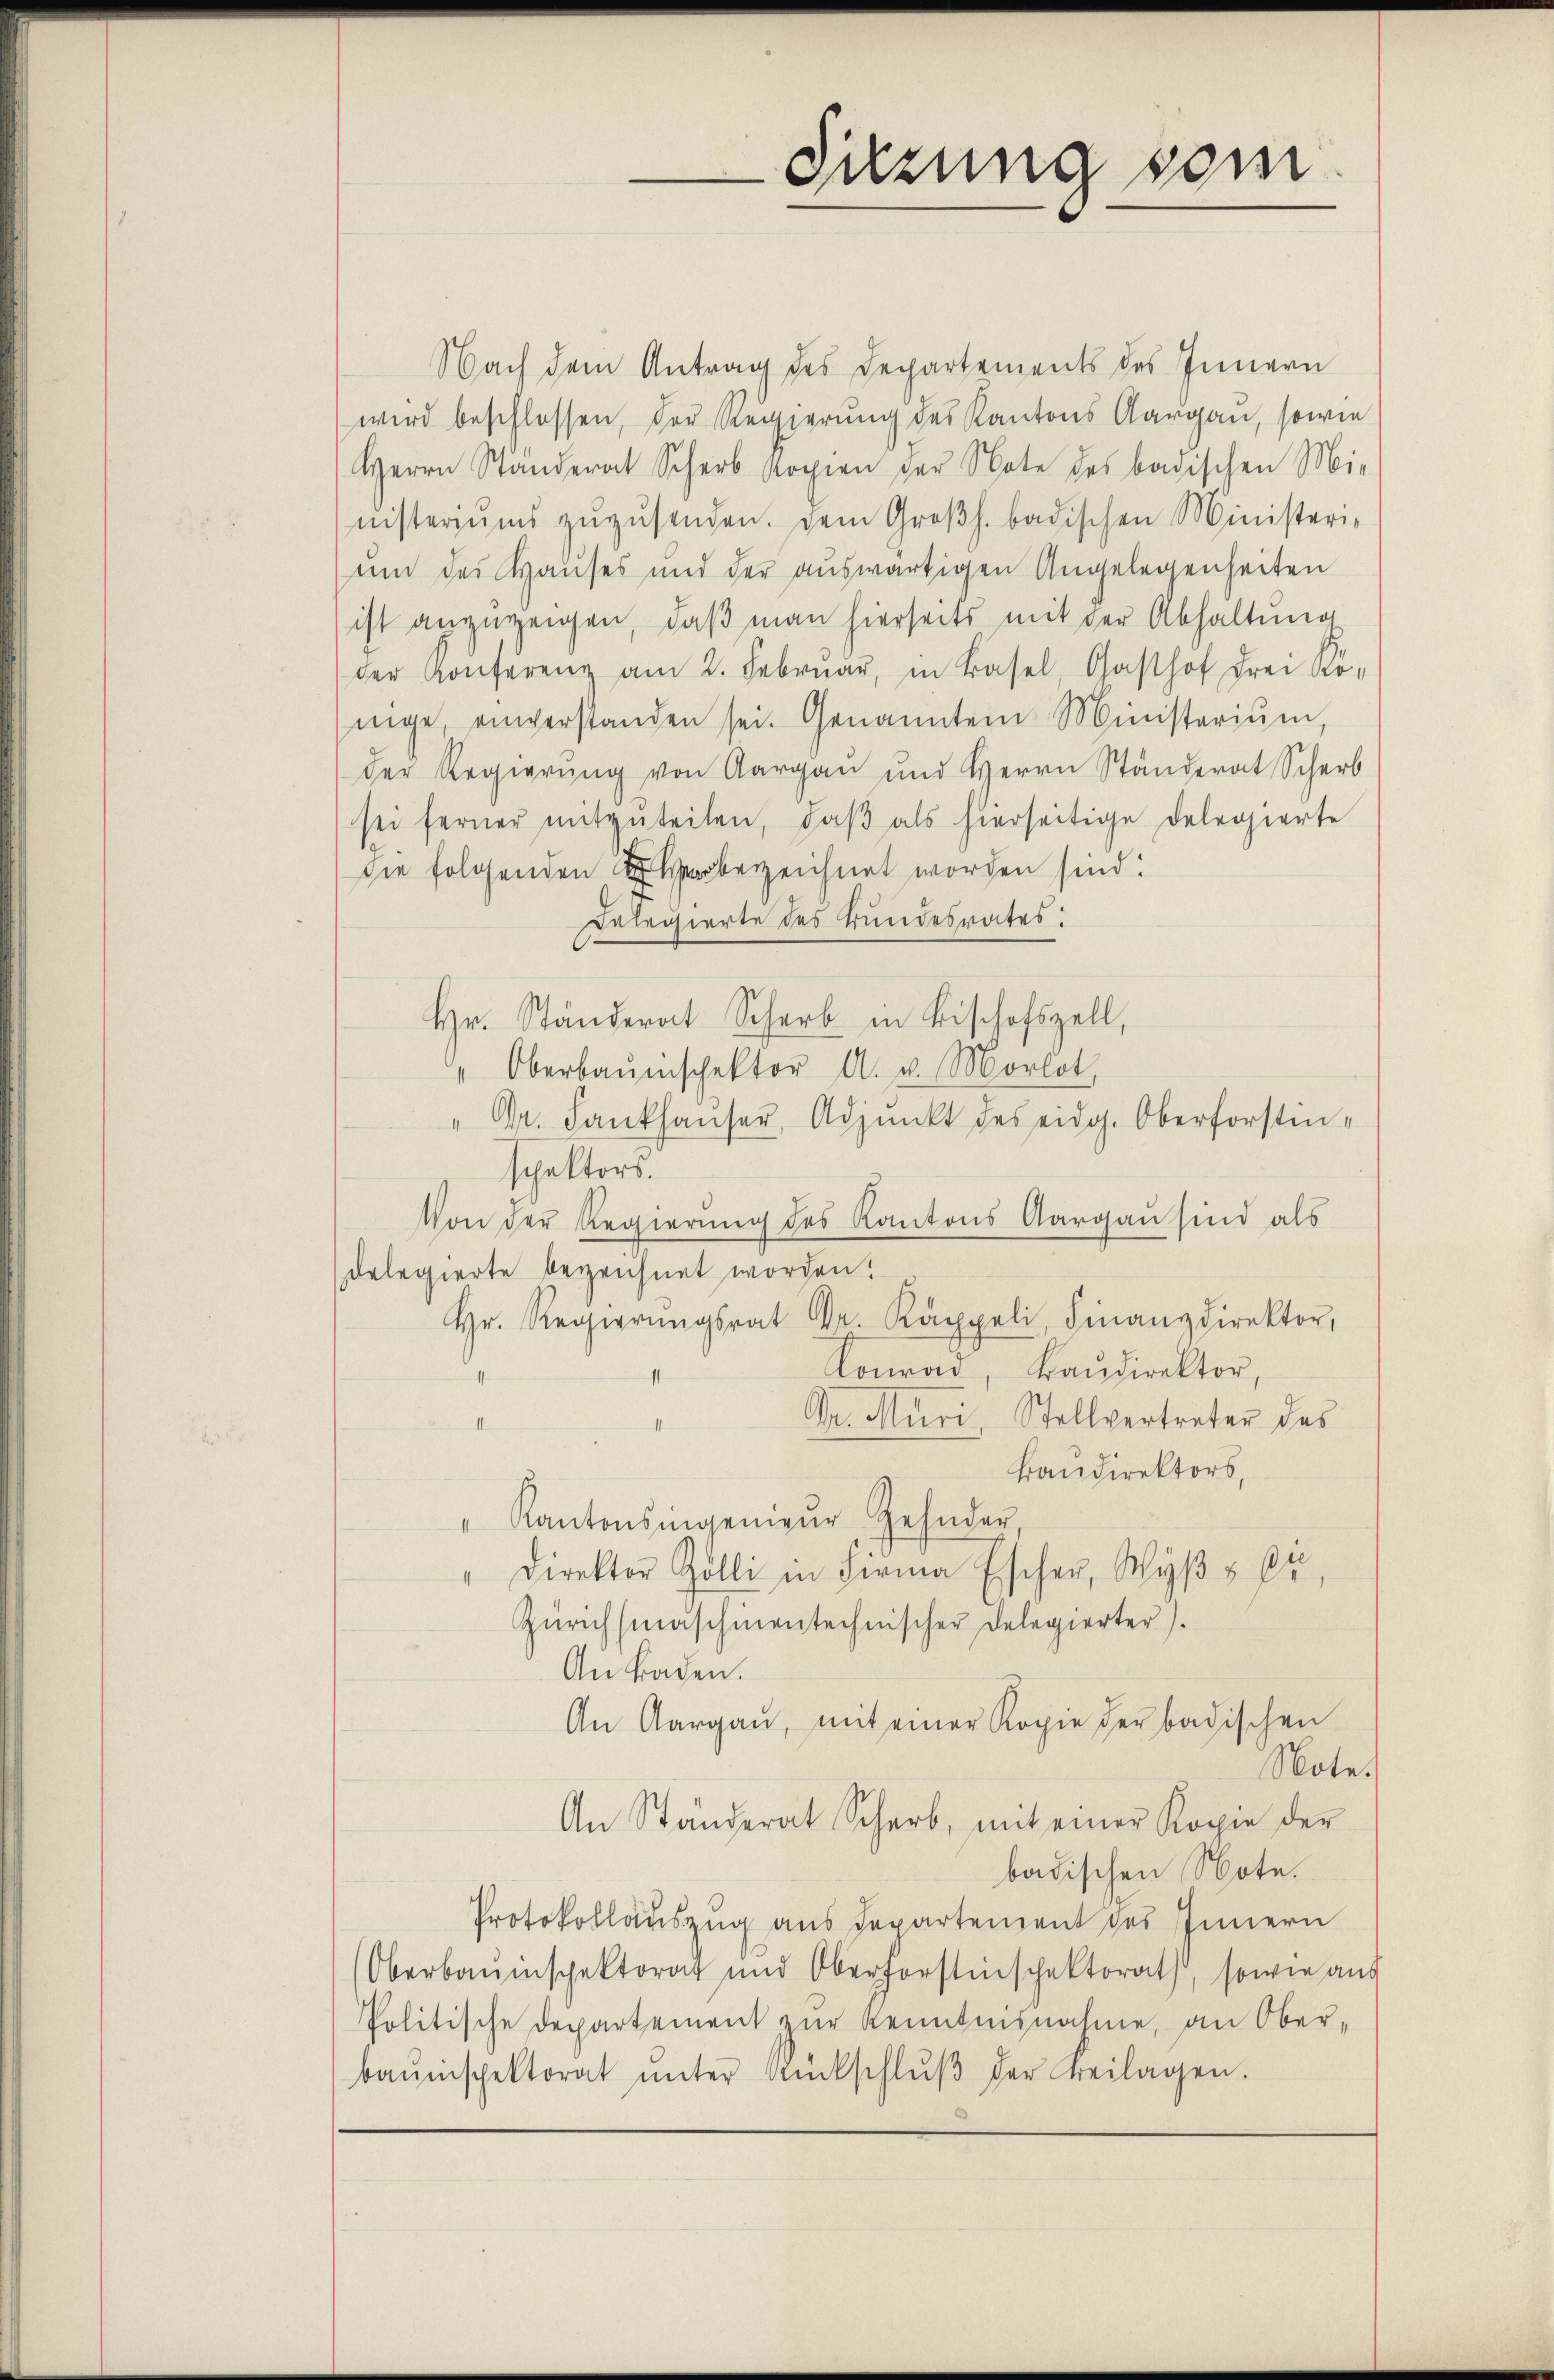
Nach dem Antrag des Departements des Innern
wird beschlossen, der Regierung des Kantons Aargau, sowie
Herrn Standerat Scher Kopien der Note des badischen Mi-
nisteriŭms zŭzŭsenden. Dem Großh. badischen Ministeri-
unn des Hauses und der auswärtigen Angelegenheiten
ist anzuzeigen, daβ man hierseits mit der Abhaltung
der Konferenz am 2. Febrŭar, in Basel, Gasthof drei Ko-
nige, einverstanden sei. Genannten Ministeriŭm
der Regierŭng von Aargau und Herrn Ständerat Scher
sei ferner mitzŭteilen, daβ als hierseitige deleozierte
die folgenden bezeichnet worden sind:
Delegierte des Bundesrates:
Hr. Ständerat Scher in Bischofszell,
Oberbauischektor A. v. Morlot
" Dr. Fankhauser, Adjunkt des eidg. Oberforsten-
sphalters
Von der Regierung des Kantons Aargau sind als
delegierte bezeichnet worden.
Hr. Regierŭngsrat Dr. Käppeli, Finanzdirektor,
Conrad, Baudirektor,
Dr. Muri, Stellvertreter des
II
Bandirektors,
" Kantonsingenieŭr Zehnder,
Direktor Zolli in Firma Escher, Wyβ § 64,
Zürichsmaschinentechnischer Delegierter).
An Baden.
An Aargaŭ, mit einer Kopie der badischen
Note.
An Ständerat Scher, mit einer Kopie der
badischen Note.
Protokollauszug aus Departement des Innern
Oberbauinspektorat und Oberforstinschektorats, sowie aus
Politische Departement zur Kenntnisnahme, an Ober-
bauinspektorat ŭnter Rückschlŭβ der Freilagen.

Sitzung vom